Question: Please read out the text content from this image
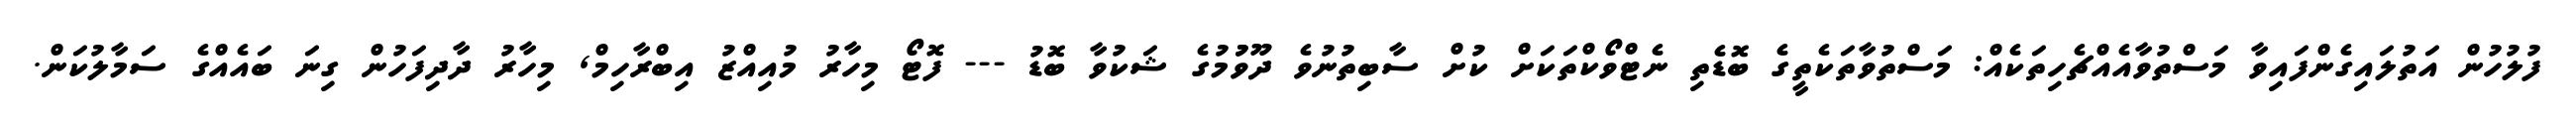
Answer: ފުލުހުން އަތުލައިގެންފައިވާ މަސްތުވާއެއްޗެހިތަކެއް: މަސްތުވާތަކެތީގެ ބޮޑެތި ނެޓްވޯކްތަކަށް ކުށް ސާބިތުނުވެ ދޫވުުމުގެ ޝަކުވާ ބޮޑު --- ފޮޓޯ މިހާރު މުއިއްޒު އިބްރާހިމް, މިހާރު ދާދިފަހުން ގިނަ ބައެއްގެ ސަމާލުކަން.